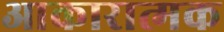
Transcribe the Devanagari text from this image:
आकारात्मक